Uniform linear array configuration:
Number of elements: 12
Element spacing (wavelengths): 1
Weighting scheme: uniform
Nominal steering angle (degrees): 60
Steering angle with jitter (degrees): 59.709
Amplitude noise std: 0.05
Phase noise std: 0.05

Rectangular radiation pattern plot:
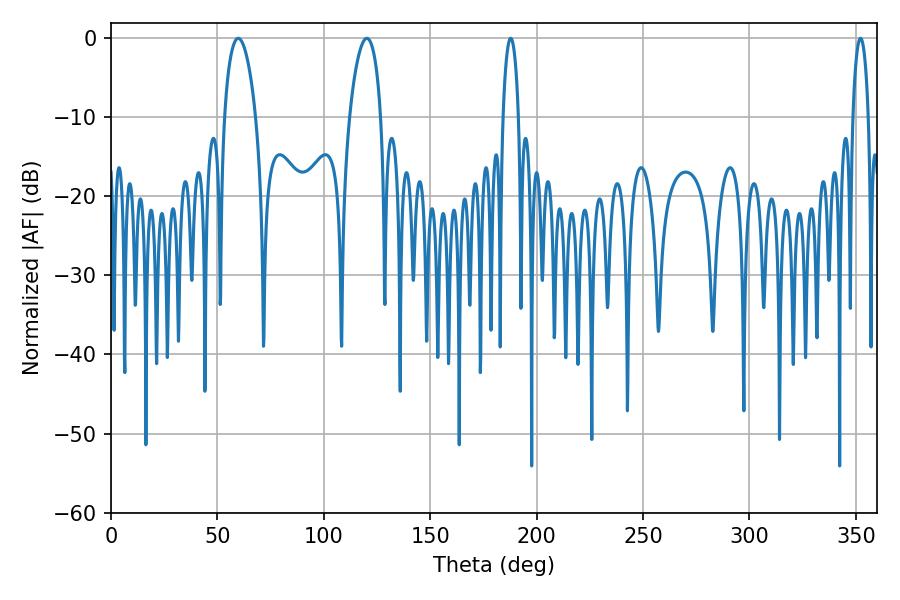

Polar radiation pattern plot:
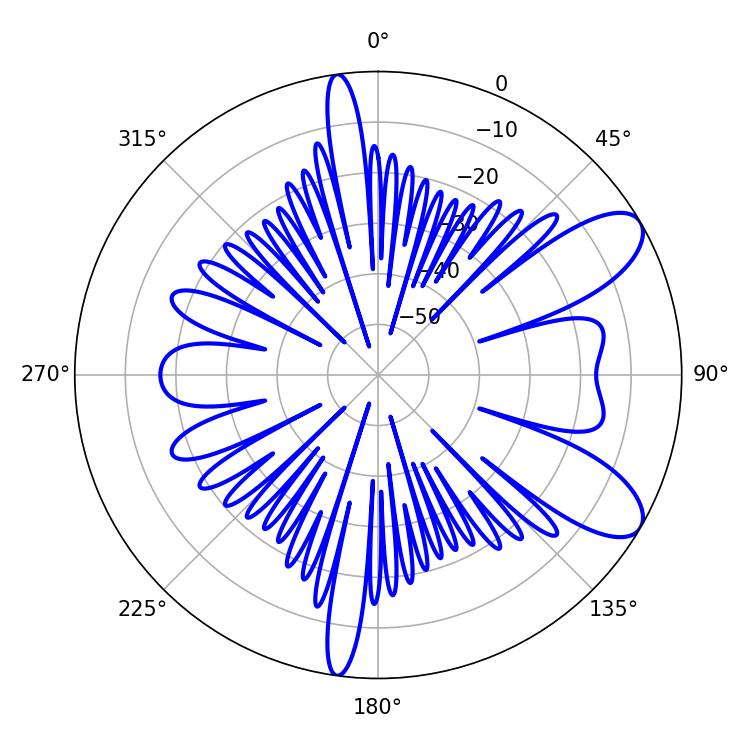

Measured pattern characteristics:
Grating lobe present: TRUE
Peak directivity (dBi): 9.007
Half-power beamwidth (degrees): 8.46
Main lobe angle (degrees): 59.76